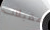
مقبلات